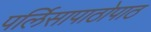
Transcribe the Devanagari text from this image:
पर्लिसापाठोपाठ